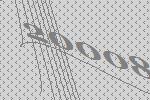
20008